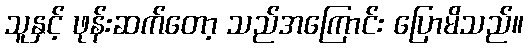
သူနှင့် ဖုန်းဆက်တော့ သည်အကြောင်း ပြောမိသည်။